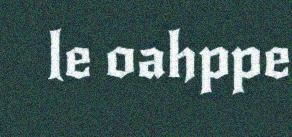
le oahppe